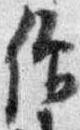
僧